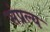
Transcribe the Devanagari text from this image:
संप्रल्य